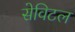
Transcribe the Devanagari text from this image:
सेविटल